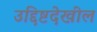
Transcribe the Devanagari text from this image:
उद्दिष्टदेखील